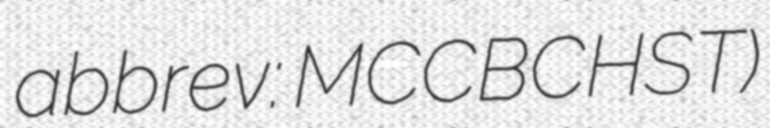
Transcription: abbrev: MCCBCHST)